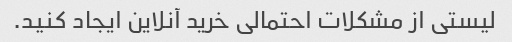
لیستی از مشکلات احتمالی خرید آنلاین ایجاد کنید.